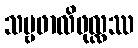
သဗ္ဗဖာလိဖုလ္လဿ